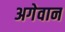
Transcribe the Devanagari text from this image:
अगेवान